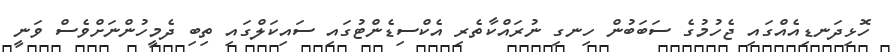
ހޮޅިދަނޑިއެއްގައި ޖެހުމުގެ ސަބަބުން ހިނގި ނުރައްކާތެރި އެކްސިޑެންޓުގައި ސައިކަލްގައި ތިބި ދެމީހުންނަށްވެސް ވަނީ